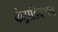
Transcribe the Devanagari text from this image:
कंट्राडिक्शन